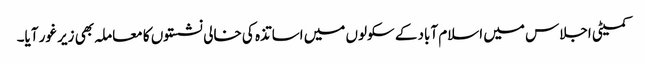
کمیٹی اجلاس میں اسلام آباد کے سکولوں میں اساتذہ کی خالی نشستوں کا معاملہ بھی زیر غور آیا۔